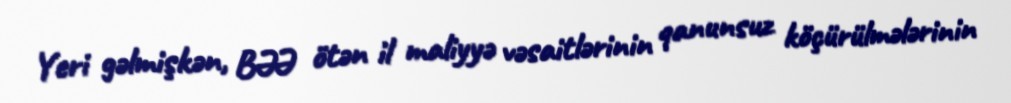
Yeri gəlmişkən, BƏƏ ötən il maliyyə vəsaitlərinin qanunsuz köçürülmələrinin